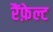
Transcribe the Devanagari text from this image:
रैंफ़ेल्ट